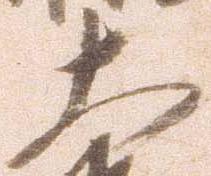
大